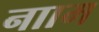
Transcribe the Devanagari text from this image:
नााम